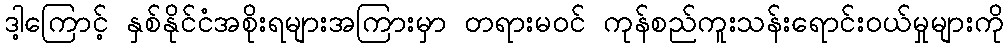
ဒါ့ကြောင့် နှစ်နိုင်ငံအစိုးရများအကြားမှာ တရားမဝင် ကုန်စည်ကူးသန်းရောင်းဝယ်မှုများကို